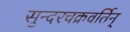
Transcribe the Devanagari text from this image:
सुन्दरचक्रवर्तिन्